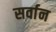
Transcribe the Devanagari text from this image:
सर्वान